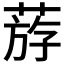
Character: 𦳧